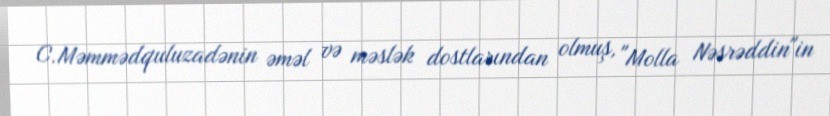
C.Məmmədquluzadənin əməl və məslək dostlarından olmuş, "Molla Nəsrəddin"in